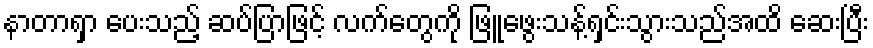
နာတာရှာ ပေးသည့် ဆပ်ပြာဖြင့် လက်တွေကို ဖြူဖွေးသန့်ရှင်းသွားသည်အထိ ဆေးပြီး